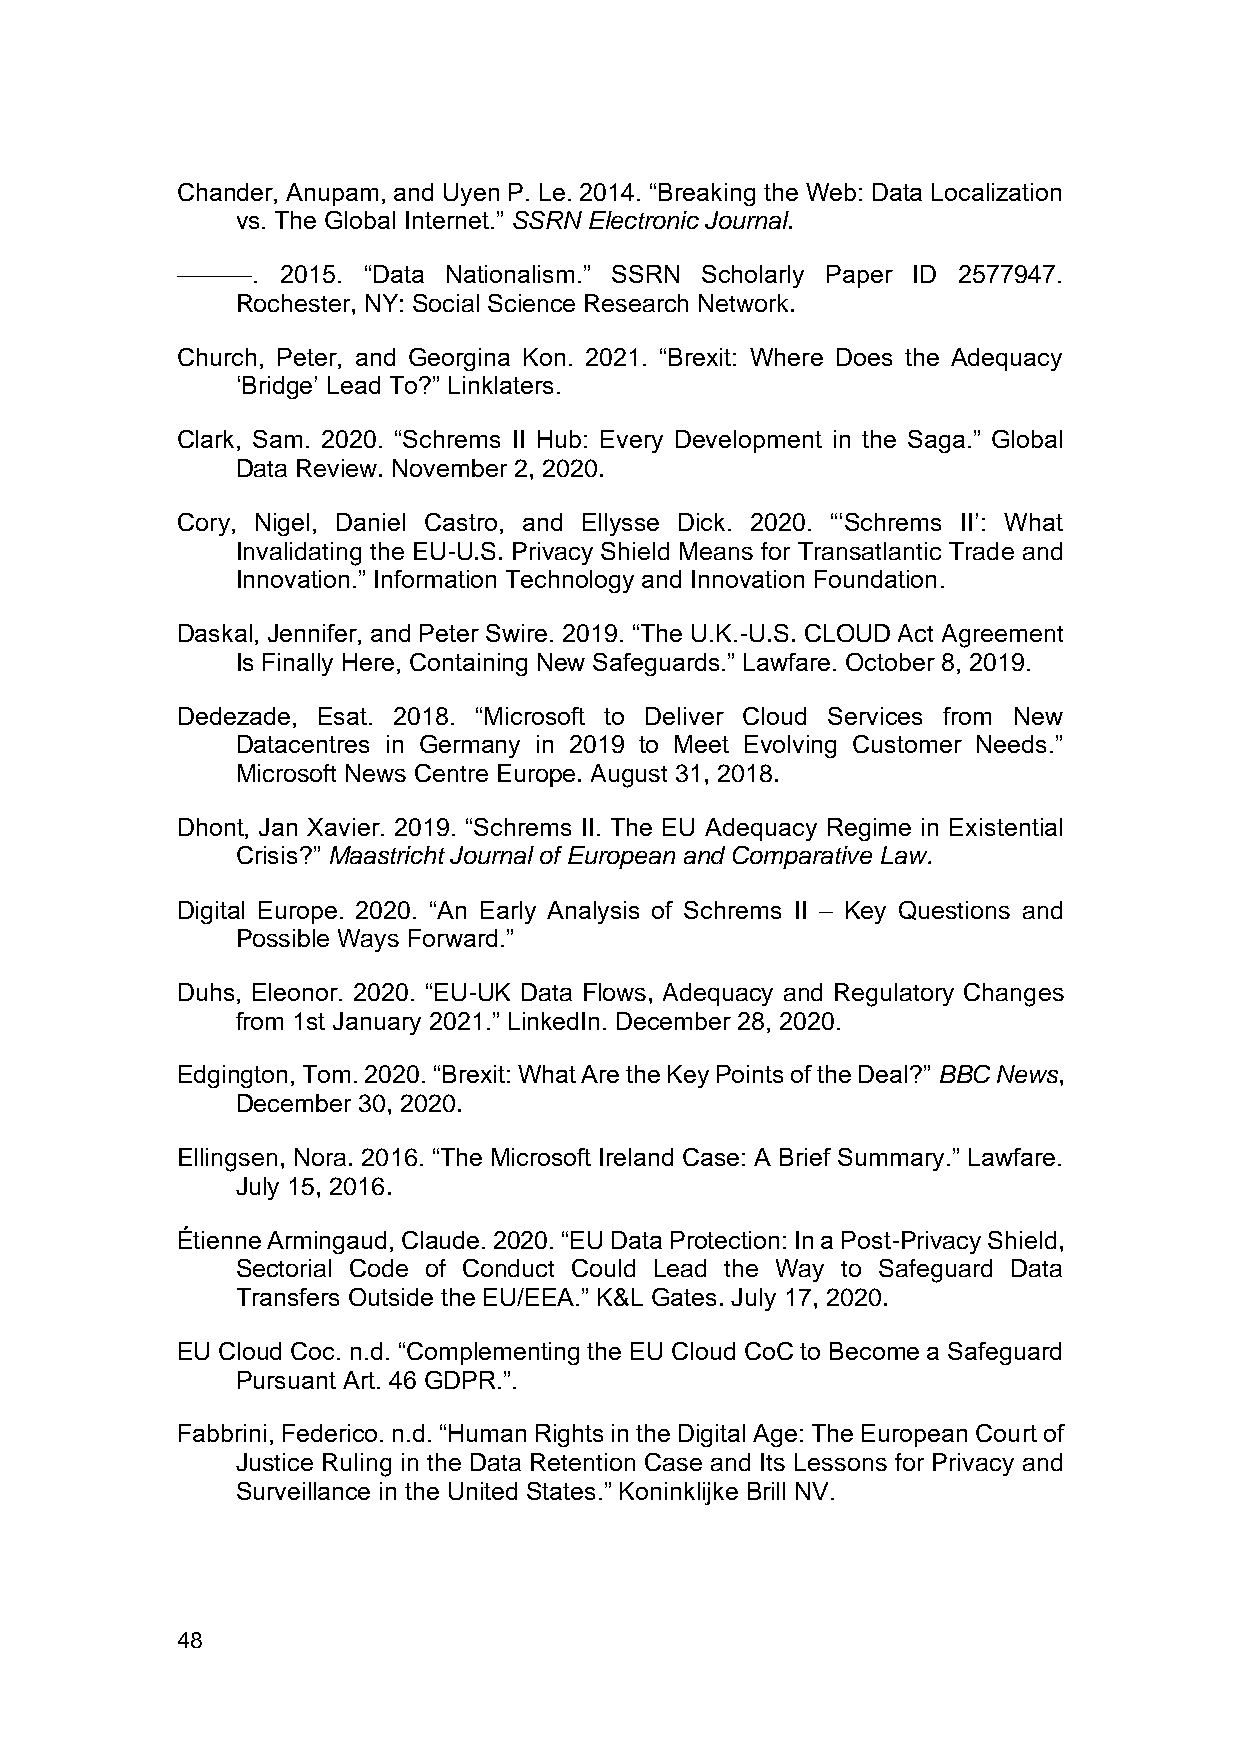
Chander, Anupam, and Uyen P. Le. 2014. “Breaking the Web: Data Localization
 vs. The Global Internet.” SSRN Electronic Journal.
 ———.   2015. “Data Nationalism.” SSRN Scholarly Paper ID 2577947.
 Rochester, NY: Social Science Research Network.
 Church, Peter, and Georgina Kon. 2021. “Brexit: Where Does the Adequacy
 ‘Bridge’ Lead To?” Linklaters.
 Clark, Sam. 2020. “Schrems II Hub: Every Development in the Saga.” Global
 Data Review. November 2, 2020.
 Cory, Nigel, Daniel Castro, and Ellysse Dick. 2020. “‘Schrems II’: What
 Invalidating the EU-U.S. Privacy Shield Means for Transatlantic Trade and
 Innovation.” Information Technology and Innovation Foundation.
 Daskal, Jennifer, and Peter Swire. 2019. “The U.K.-U.S. CLOUD Act Agreement
 Is Finally Here, Containing New Safeguards.” Lawfare. October 8, 2019.
 Dedezade, Esat. 2018. “Microsoft to Deliver Cloud Services from New
 Datacentres in Germany in 2019 to Meet Evolving Customer Needs.”
 Microsoft News Centre Europe. August 31, 2018.
 Dhont, Jan Xavier. 2019. “Schrems II. The EU Adequacy Regime in Existential
 Crisis?” Maastricht Journal of European and Comparative Law.
 Digital Europe. 2020. “An Early Analysis of Schrems II – Key Questions and
 Possible Ways Forward.”
 Duhs, Eleonor. 2020. “EU-UK Data Flows, Adequacy and Regulatory Changes
 from 1st January 2021.” LinkedIn. December 28, 2020.
 Edgington, Tom. 2020. “Brexit: What Are the Key Points of the Deal?” BBC News,
 December 30, 2020.
 Ellingsen, Nora. 2016. “The Microsoft Ireland Case: A Brief Summary.” Lawfare.
 July 15, 2016.
 Étienne Armingaud, Claude. 2020. “EU Data Protection: In a Post-Privacy Shield,
 Sectorial Code of Conduct Could Lead the Way to Safeguard Data
 Transfers Outside the EU/EEA.” K&L Gates. July 17, 2020.
 EU Cloud Coc. n.d. “Complementing the EU Cloud CoC to Become a Safeguard
 Pursuant Art. 46 GDPR.”.
 Fabbrini, Federico. n.d. “Human Rights in the Digital Age: The European Court of
 Justice Ruling in the Data Retention Case and Its Lessons for Privacy and
 Surveillance in the United States.” Koninklijke Brill NV.
 48